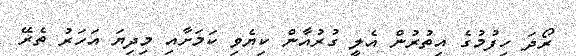
ރޯދަ ހިފުމުގެ އިތުރުން އެލީ ގުރުއާން ކިޔެވި ކަމަށާއި މިދިޔަ އަހަރު ތެރޭ